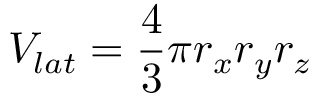
V _ { l a t } = \frac { 4 } { 3 } \pi r _ { x } r _ { y } r _ { z }